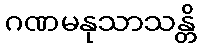
ဂဏမနုသာသန္တိ